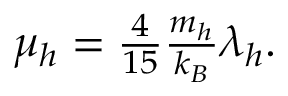
\begin{array} { r } { \mu _ { h } = \frac { 4 } { 1 5 } \frac { m _ { h } } { k _ { B } } \lambda _ { h } . } \end{array}